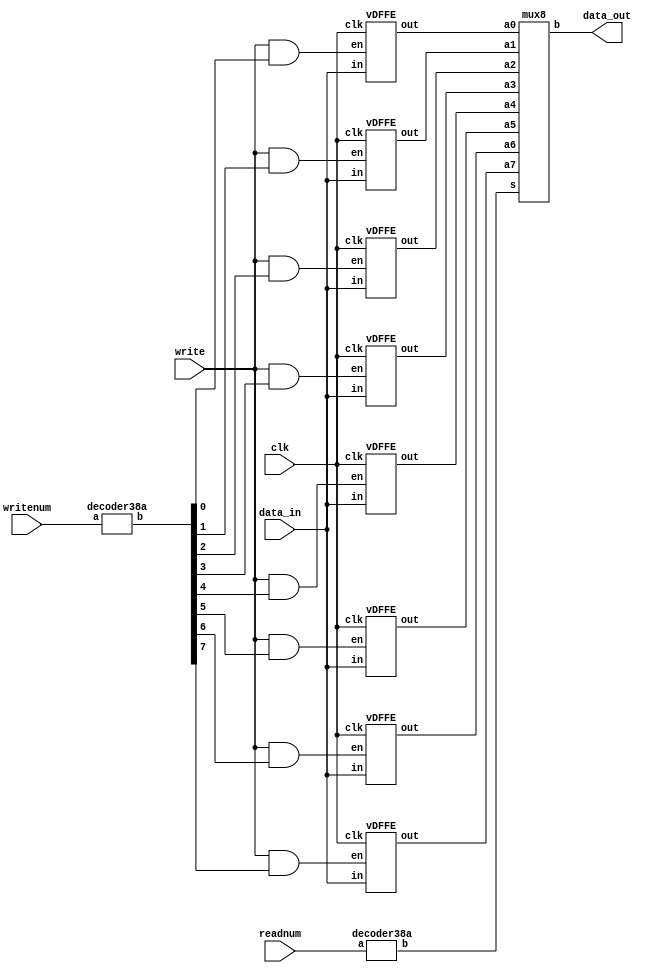
module regfile(data_in, writenum, write, readnum, clk, data_out);
	input [15:0] data_in;
	input [2:0] writenum, readnum;
	input write, clk;
	output [15:0] data_out;
	
	wire [7:0] hot_writenum, hot_readnum;
	wire [15:0] R0, R1, R2, R3, R4, R5, R6, R7;
	wire en0, en1, en2, en3, en4, en5, en6, en7;
	
	assign en0 = write & hot_writenum[0];
	assign en1 = write & hot_writenum[1];
	assign en2 = write & hot_writenum[2];
	assign en3 = write & hot_writenum[3];
	assign en4 = write & hot_writenum[4];
	assign en5 = write & hot_writenum[5];
	assign en6 = write & hot_writenum[6];
	assign en7 = write & hot_writenum[7];
	
	decoder38a writex(writenum, hot_writenum);
   decoder38a readx(readnum, hot_readnum);

	vDFFE r0(clk, en0, data_in, R0);
	vDFFE r1(clk, en1, data_in, R1);
	vDFFE r2(clk, en2, data_in, R2);
	vDFFE r3(clk, en3, data_in, R3);
	vDFFE r4(clk, en4, data_in, R4);
	vDFFE r5(clk, en5, data_in, R5);
	vDFFE r6(clk, en6, data_in, R6);
	vDFFE r7(clk, en7, data_in, R7);
	
   mux8 outx(R0, R1, R2, R3, R4, R5, R6, R7, hot_readnum, data_out);

endmodule


//let's add some useful modules


//MUX with 2 16-bit inputs and one-hot select
module mux2(a0, a1, s, b);
	input [15:0] a0, a1;
	input s;
	output [15:0] b;
		
	assign b = s ? a1 : a0; //MUX logic, value s is concactinated 16 times to match bit size of inputs
	
endmodule



//MUX with 5 16-bit inputs and 8-bit one-hot select
module mux8(a0, a1, a2, a3, a4, a5, a6, a7, s, b);
	input [15:0] a0, a1, a2, a3, a4, a5, a6, a7;
	input [7:0] s;
	output [15:0] b;
	
	assign b = ({16{s[0]}} & a0) | 
				  ({16{s[1]}} & a1) |
				  ({16{s[2]}} & a2) |
				  ({16{s[3]}} & a3) |
				  ({16{s[4]}} & a4) |
				  ({16{s[5]}} & a5) |
				  ({16{s[6]}} & a6) |
				  ({16{s[7]}} & a7) ;	
endmodule


//decoder module for 3 to 8 bit decoder
module decoder38a(a, b);
	input [2:0] a;
	output [7:0] b;
	
	wire [7:0] b = 1 << a; //why is wire used instead of assign. Ss6 #8
	
endmodule


//register with load enable
module vDFFE(clk, en, in, out);
	input clk, en;
	input [15:0] in;
	output [15:0] out;
	
	reg [15:0] out;
	wire [15:0] next_out;
	
	assign next_out = en ? in : out; //mux (load enable part of this register)
	
	always @(posedge clk) begin
		out = next_out;	
	end
	
endmodule